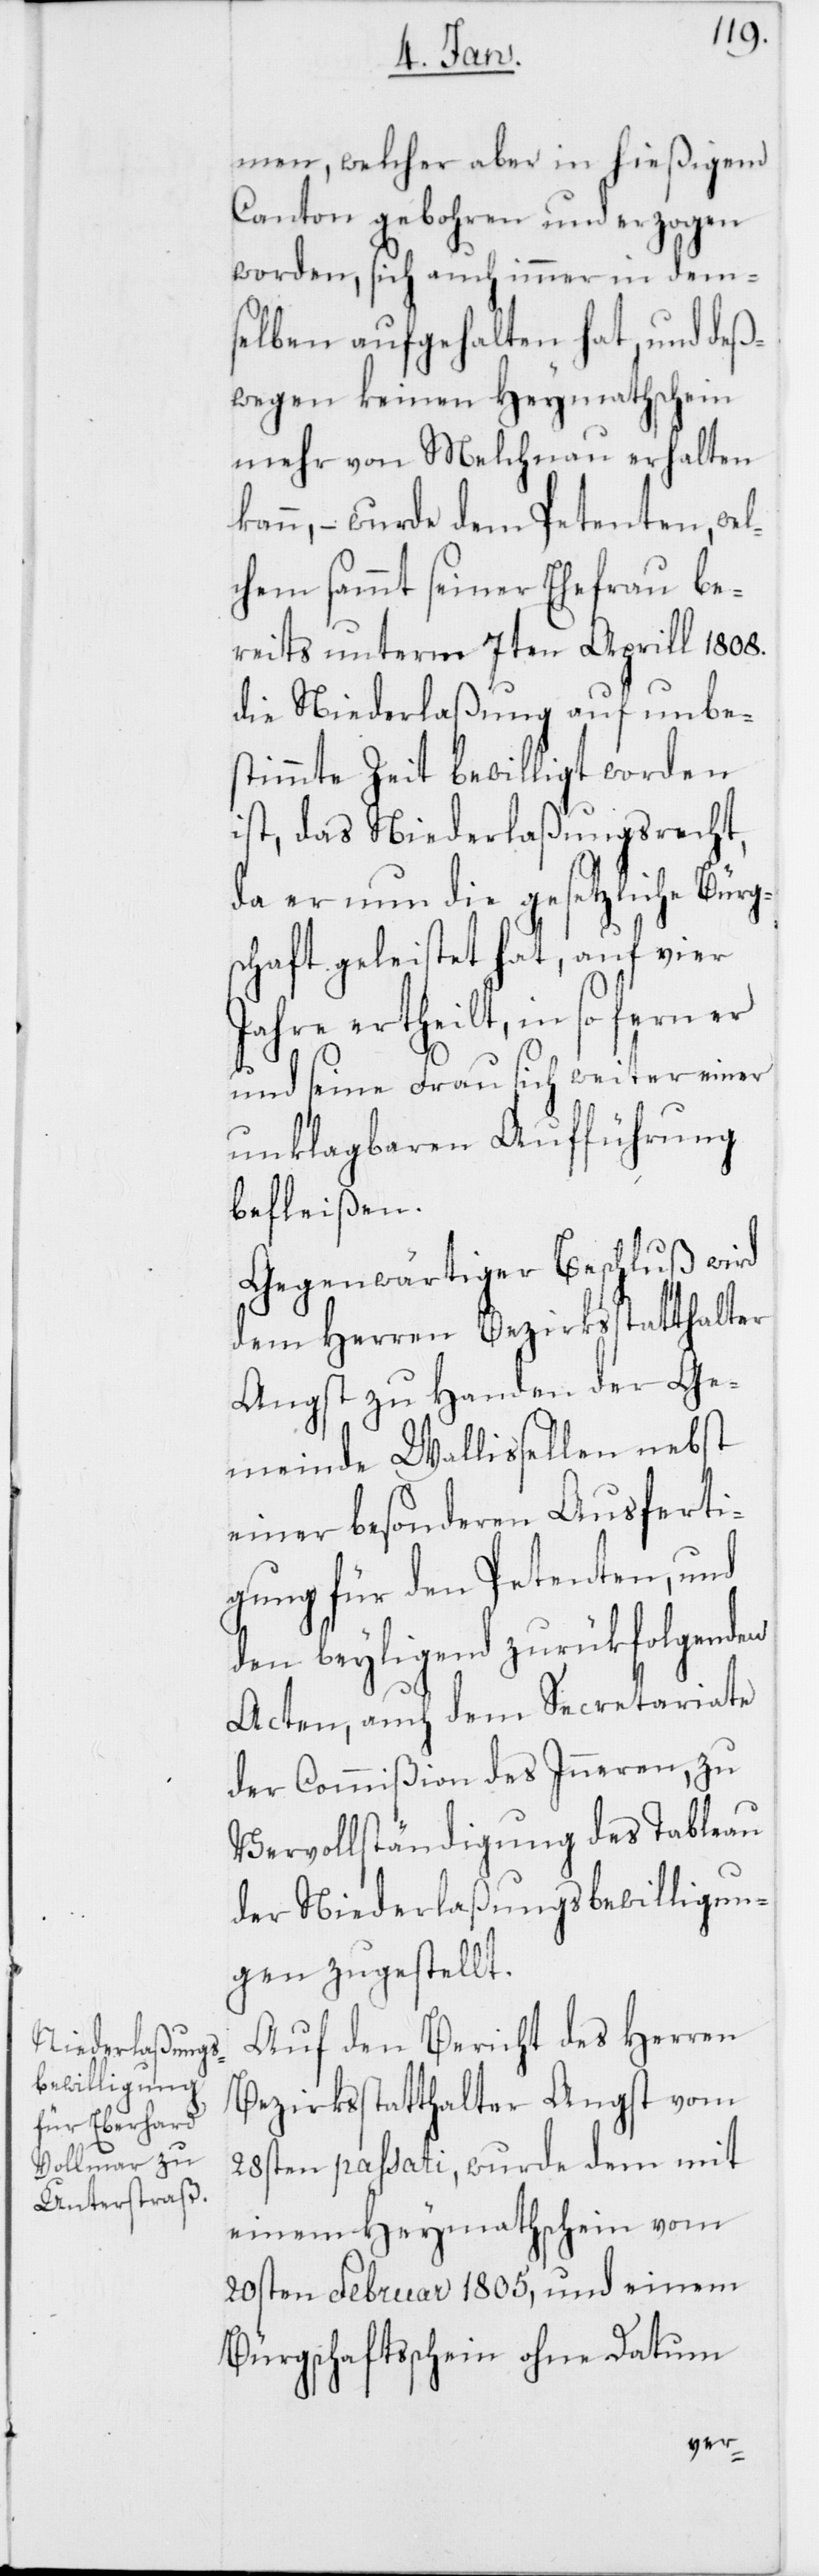
men, welcher aber in hießigem
Canton gebohren und erzogen
worden, sich auch immer in dem¬
selben aufgehalten hat, und deß¬
wegen keinen Heymathschein
mehr von Melchnau erhalten
kann, – wurde dem Petenten, wel¬
chem sammt seiner Ehefrau be¬
reits unterm 7ten Aprill 1808.
die Niederlaßung auf unbe¬
stimmte Zeit bewilligt worden
ist, das Niederlaßungsrecht,
da er nun die gesetzliche Bürg¬
schaft geleistet hat, auf vier
Jahre ertheilt, in so fern er
und seine Frau sich weiter einer
unklagbaren Aufführung
befleißen.
Gegenwärtiger Beschluß wird
dem Herren Bezirksstatthalter
Angst zu Handen der Ge¬
meinde Wallisellen nebst
einer besonderen Ausferti¬
gung für den Petenten, und
den beyligend zurükfolgenden
Acten, auch dem Secretariate
der Commißion des Inneren zu
Vervollständigung der Tableau
der Niederlaßungsbewilligun¬
gen zugestellt.
Auf den Bericht des Herren
Bezirksstatthalter Angst vom
28ten passati, wurde dem mit
einem Heymathschein vom
20ten Februar 1805, und einem
Bürgschaftsschein ohne Datum